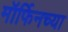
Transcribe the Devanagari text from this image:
मॉर्फिनच्या